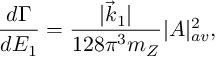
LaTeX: { \frac { d \Gamma } { d E _ { 1 } } } = { \frac { | \vec { k } _ { 1 } | } { 1 2 8 \pi ^ { 3 } m _ { Z } } } | { \cal A } | _ { a v } ^ { 2 } ,